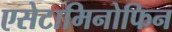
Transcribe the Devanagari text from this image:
एसेटामिनोफिन